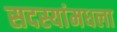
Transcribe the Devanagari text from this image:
सदस्यांमधला